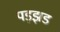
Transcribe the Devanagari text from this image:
पड़झड